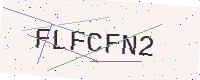
Text: FLFCFN2